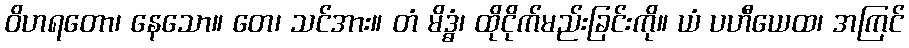
ဝိဟရတော၊ နေသော။ တေ၊ သင်အား။ တံ မိဒ္ဓံ၊ ထိုငိုက်မည်းခြင်းကို။ ယံ ပဟီယေထ၊ အကြင်